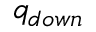
\ q _ { d o w n }